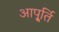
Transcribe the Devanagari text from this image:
आपू्र्ति